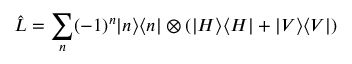
\hat { L } = \sum _ { n } ( - 1 ) ^ { n } | n \rangle \langle n | \otimes ( | H \rangle \langle H | + | V \rangle \langle V | )